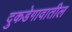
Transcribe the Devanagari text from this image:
दुकडेगावातील